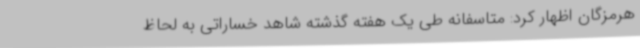
هرمزگان اظهار کرد: متاسفانه طی یک هفته گذشته شاهد خساراتی به لحاظ